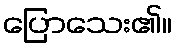
ပြောသေး၏။